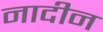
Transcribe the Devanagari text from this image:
नादीन